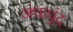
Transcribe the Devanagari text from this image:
अंधाधुंद